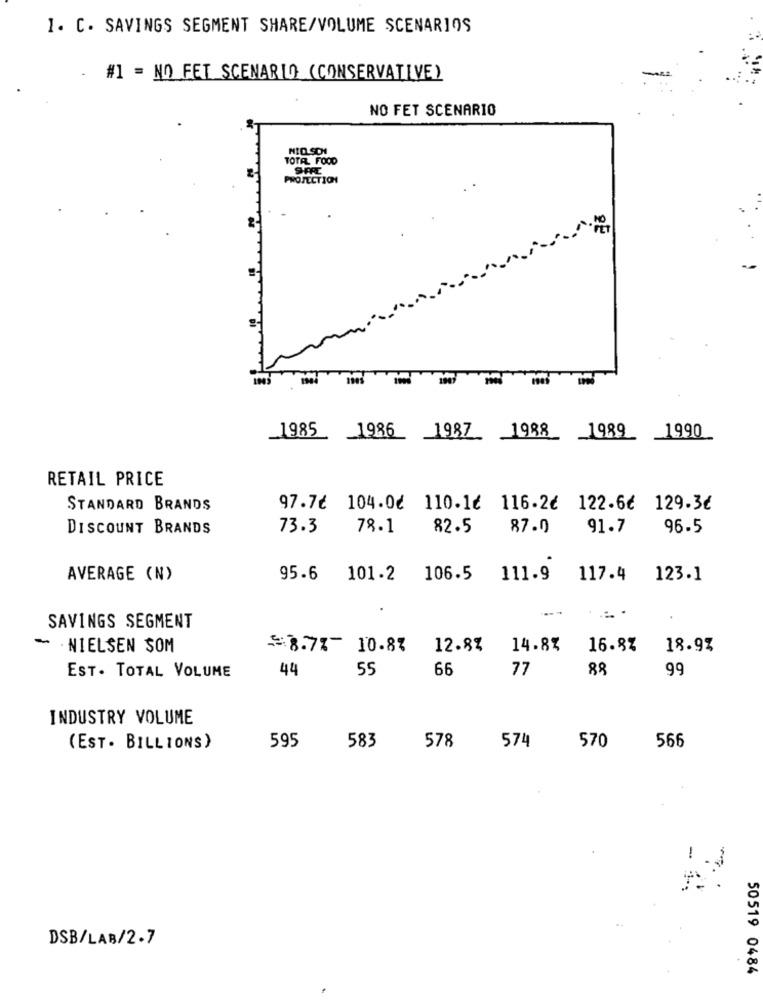
1. C. SAVINGS SEGMENT SHARE/VOLUME SCENARIOS
.
#1 = NO FET SCENARIO (CONSERVATIVE)
NO FET SCENARIO
NIQ SDI
TOTAL FOOD
SPRE
PROJECTION
_1985 1986 1987 1988 1989 1990
RETAIL PRICE
STANDARD BRANDS
97.7€ 104.06 110.16 116.26 122.66 129.36
DISCOUNT BRANDS
73.3
78.1
82.5
87.0
91.7
96-5
AVERAGE (N)
95.6
101.2 106.5
111.9
117.4
123.1
SAVINGS SEGMENT
. NIELSEN SOM
=8.7%- 10.8%
12.8%
14.8%
16.8%
18.9%
EST. TOTAL VOLUME
44
55
66
77
88
99
INDUSTRY VOLUME
595
583
578
574
570
(EST. BILLIONS)
566
-
DSB/LAB/2.7
50519 0484